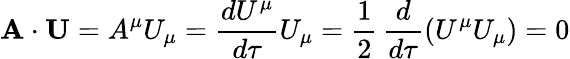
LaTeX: \mathbf{A}\cdot\mathbf{U}=A^{\mu}U_{\mu}={\frac{dU^{\mu}}{d\tau}}U_{\mu}={\frac{1}{2}}\, {\frac{d}{d\tau}}(U^{\mu}U_{\mu})=0